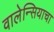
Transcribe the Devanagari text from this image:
वालेन्सियाचा